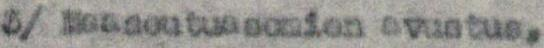
3/ Maaseutuasemien avustus,